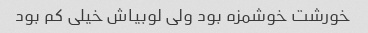
خورشت خوشمزه بود ولی لوبیاش خیلی کم بود